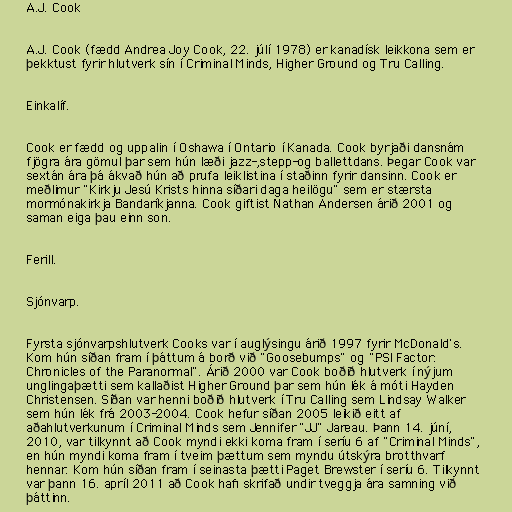
A.J. Cook

A.J. Cook (fædd Andrea Joy Cook, 22. júlí 1978) er kanadísk leikkona sem er
þekktust fyrir hlutverk sín í Criminal Minds, Higher Ground og Tru Calling.

Einkalíf.

Cook er fædd og uppalin í Oshawa í Ontario í Kanada. Cook byrjaði dansnám
fjögra ára gömul þar sem hún læði jazz-,stepp-og ballettdans. Þegar Cook var
sextán ára þá ákvað hún að prufa leiklistina í staðinn fyrir dansinn. Cook er
meðlimur "Kirkju Jesú Krists hinna síðari daga heilögu" sem er stærsta
mormónakirkja Bandaríkjanna. Cook giftist Nathan Andersen árið 2001 og
saman eiga þau einn son.

Ferill.

Sjónvarp.

Fyrsta sjónvarpshlutverk Cooks var í auglýsingu árið 1997 fyrir McDonald's.
Kom hún síðan fram í þáttum á borð við "Goosebumps" og "PSI Factor:
Chronicles of the Paranormal". Árið 2000 var Cook boðið hlutverk í nýjum
unglingaþætti sem kallaðist Higher Ground þar sem hún lék á móti Hayden
Christensen. Síðan var henni boðið hlutverk í Tru Calling sem Lindsay Walker
sem hún lék frá 2003-2004. Cook hefur síðan 2005 leikið eitt af
aðahlutverkunum í Criminal Minds sem Jennifer "JJ" Jareau. Þann 14. júní,
2010, var tilkynnt að Cook myndi ekki koma fram í seríu 6 af "Criminal Minds",
en hún myndi koma fram í tveim þættum sem myndu útskýra brotthvarf
hennar. Kom hún síðan fram í seinasta þætti Paget Brewster í seríu 6. Tilkynnt
var þann 16. apríl 2011 að Cook hafi skrifað undir tveggja ára samning við
þáttinn.